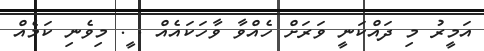
އަމީރު މި ދައްކަނީ ވަރަށް ހެއްވާ ވާހަކައެއް . ީ. މިވެނި ކަމެއް